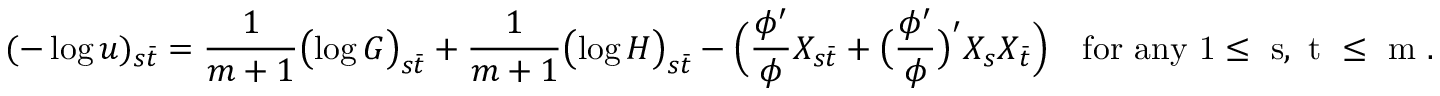
( - \log u ) _ { s \bar { t } } = \frac { 1 } { m + 1 } \bigl ( \log G \bigr ) _ { s \bar { t } } + \frac { 1 } { m + 1 } \bigl ( \log H \bigr ) _ { s \bar { t } } - \Bigl ( \frac { \phi ^ { \prime } } { \phi } X _ { s \bar { t } } + \bigl ( \frac { \phi ^ { \prime } } { \phi } \bigr ) ^ { \prime } X _ { s } X _ { \bar { t } } \Bigr ) \quad \mathrm { f o r ~ a n y ~ 1 \leq ~ s , ~ t ~ \leq ~ m ~ } .